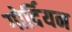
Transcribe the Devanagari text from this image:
गोर्दियन